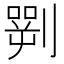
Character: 𠟎